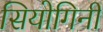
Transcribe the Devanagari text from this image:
सियोगिनी